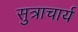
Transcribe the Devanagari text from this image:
सुत्राचार्य